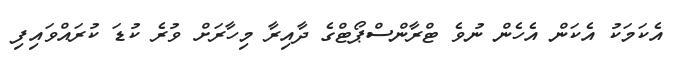
އެކަމަކު އެކަން އެހެން ނުވެ ޓްރާންސްޕޯޓްގެ ދާއިރާ މިހާރަށް ވުރެ ކުޑަ ކުރައްވައިފި